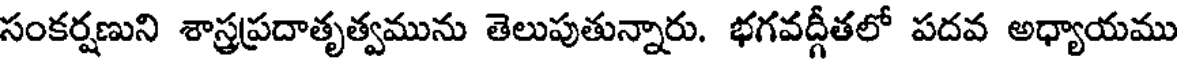
సంకర్షణుని శాస్త్రప్రదాతృత్వమును తెలుపుతున్నారు. భగవద్గీతలో పదవ అధ్యాయము